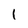
Character: 1